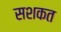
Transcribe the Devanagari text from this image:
सशकत